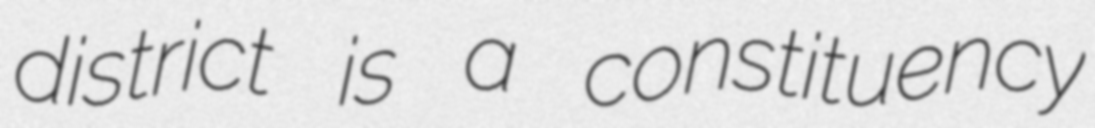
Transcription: district is a constituency